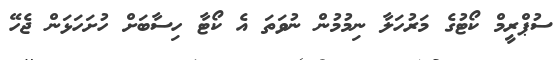
ސުޕްރީމް ކޯޓުގެ މަރުހަލާ ނިމުމުން ނުވަތަ އެ ކޯޓާ ހިސާބަށް ހުށަހަޅަން ޖެހޭ